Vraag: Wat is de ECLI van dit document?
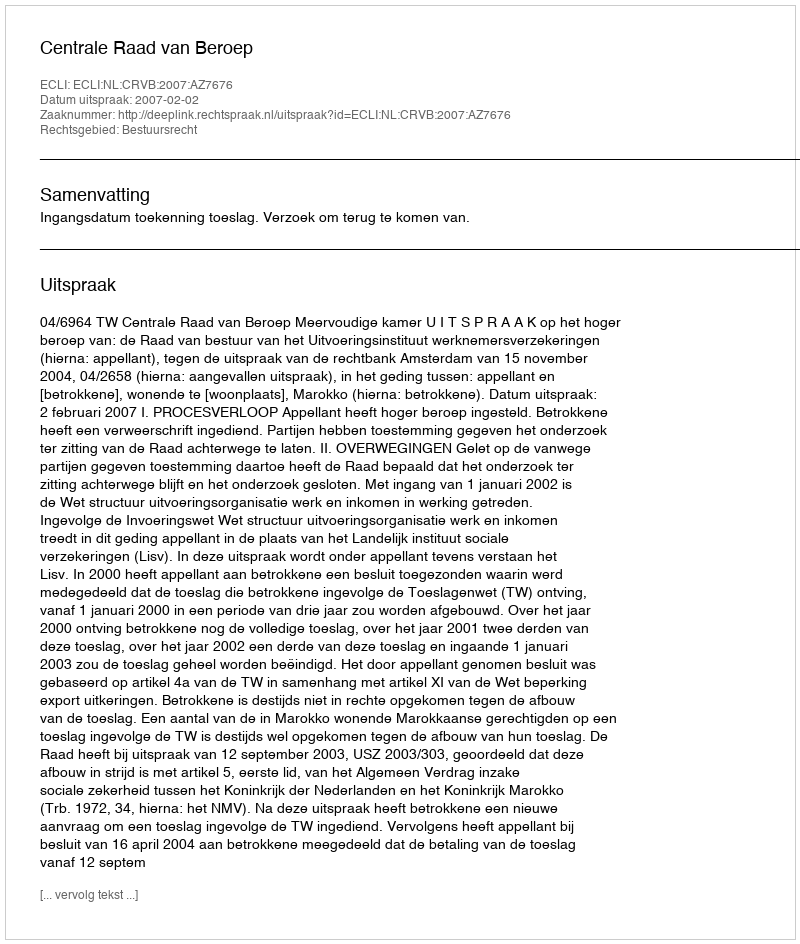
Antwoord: ECLI:NL:CRVB:2007:AZ7676